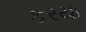
કરયા